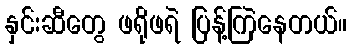
နှင်းဆီတွေ ဖရိုဖရဲ ပြန့်ကြဲနေတယ်။